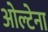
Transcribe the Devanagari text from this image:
ओल्टेना